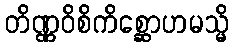
တိဏ္ဏဝိစိကိစ္ဆောဟမသ္မိ